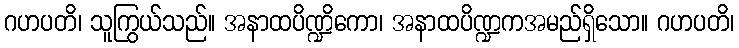
ဂဟပတိ၊ သူကြွယ်သည်။ အနာထပိဏ္ဍိကော၊ အနာထပိဏ္ဍကအမည်ရှိသော။ ဂဟပတိ၊